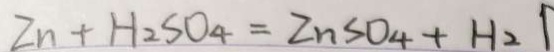
Z n + H _ { 2 } S O _ { 4 } = Z n S O _ { 4 } + H _ { 2 } \uparrow